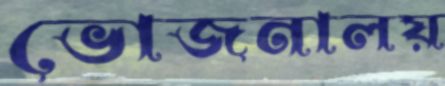
ভোজনালয়